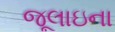
જૂલાઇના